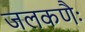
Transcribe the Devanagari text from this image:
जलकणैः